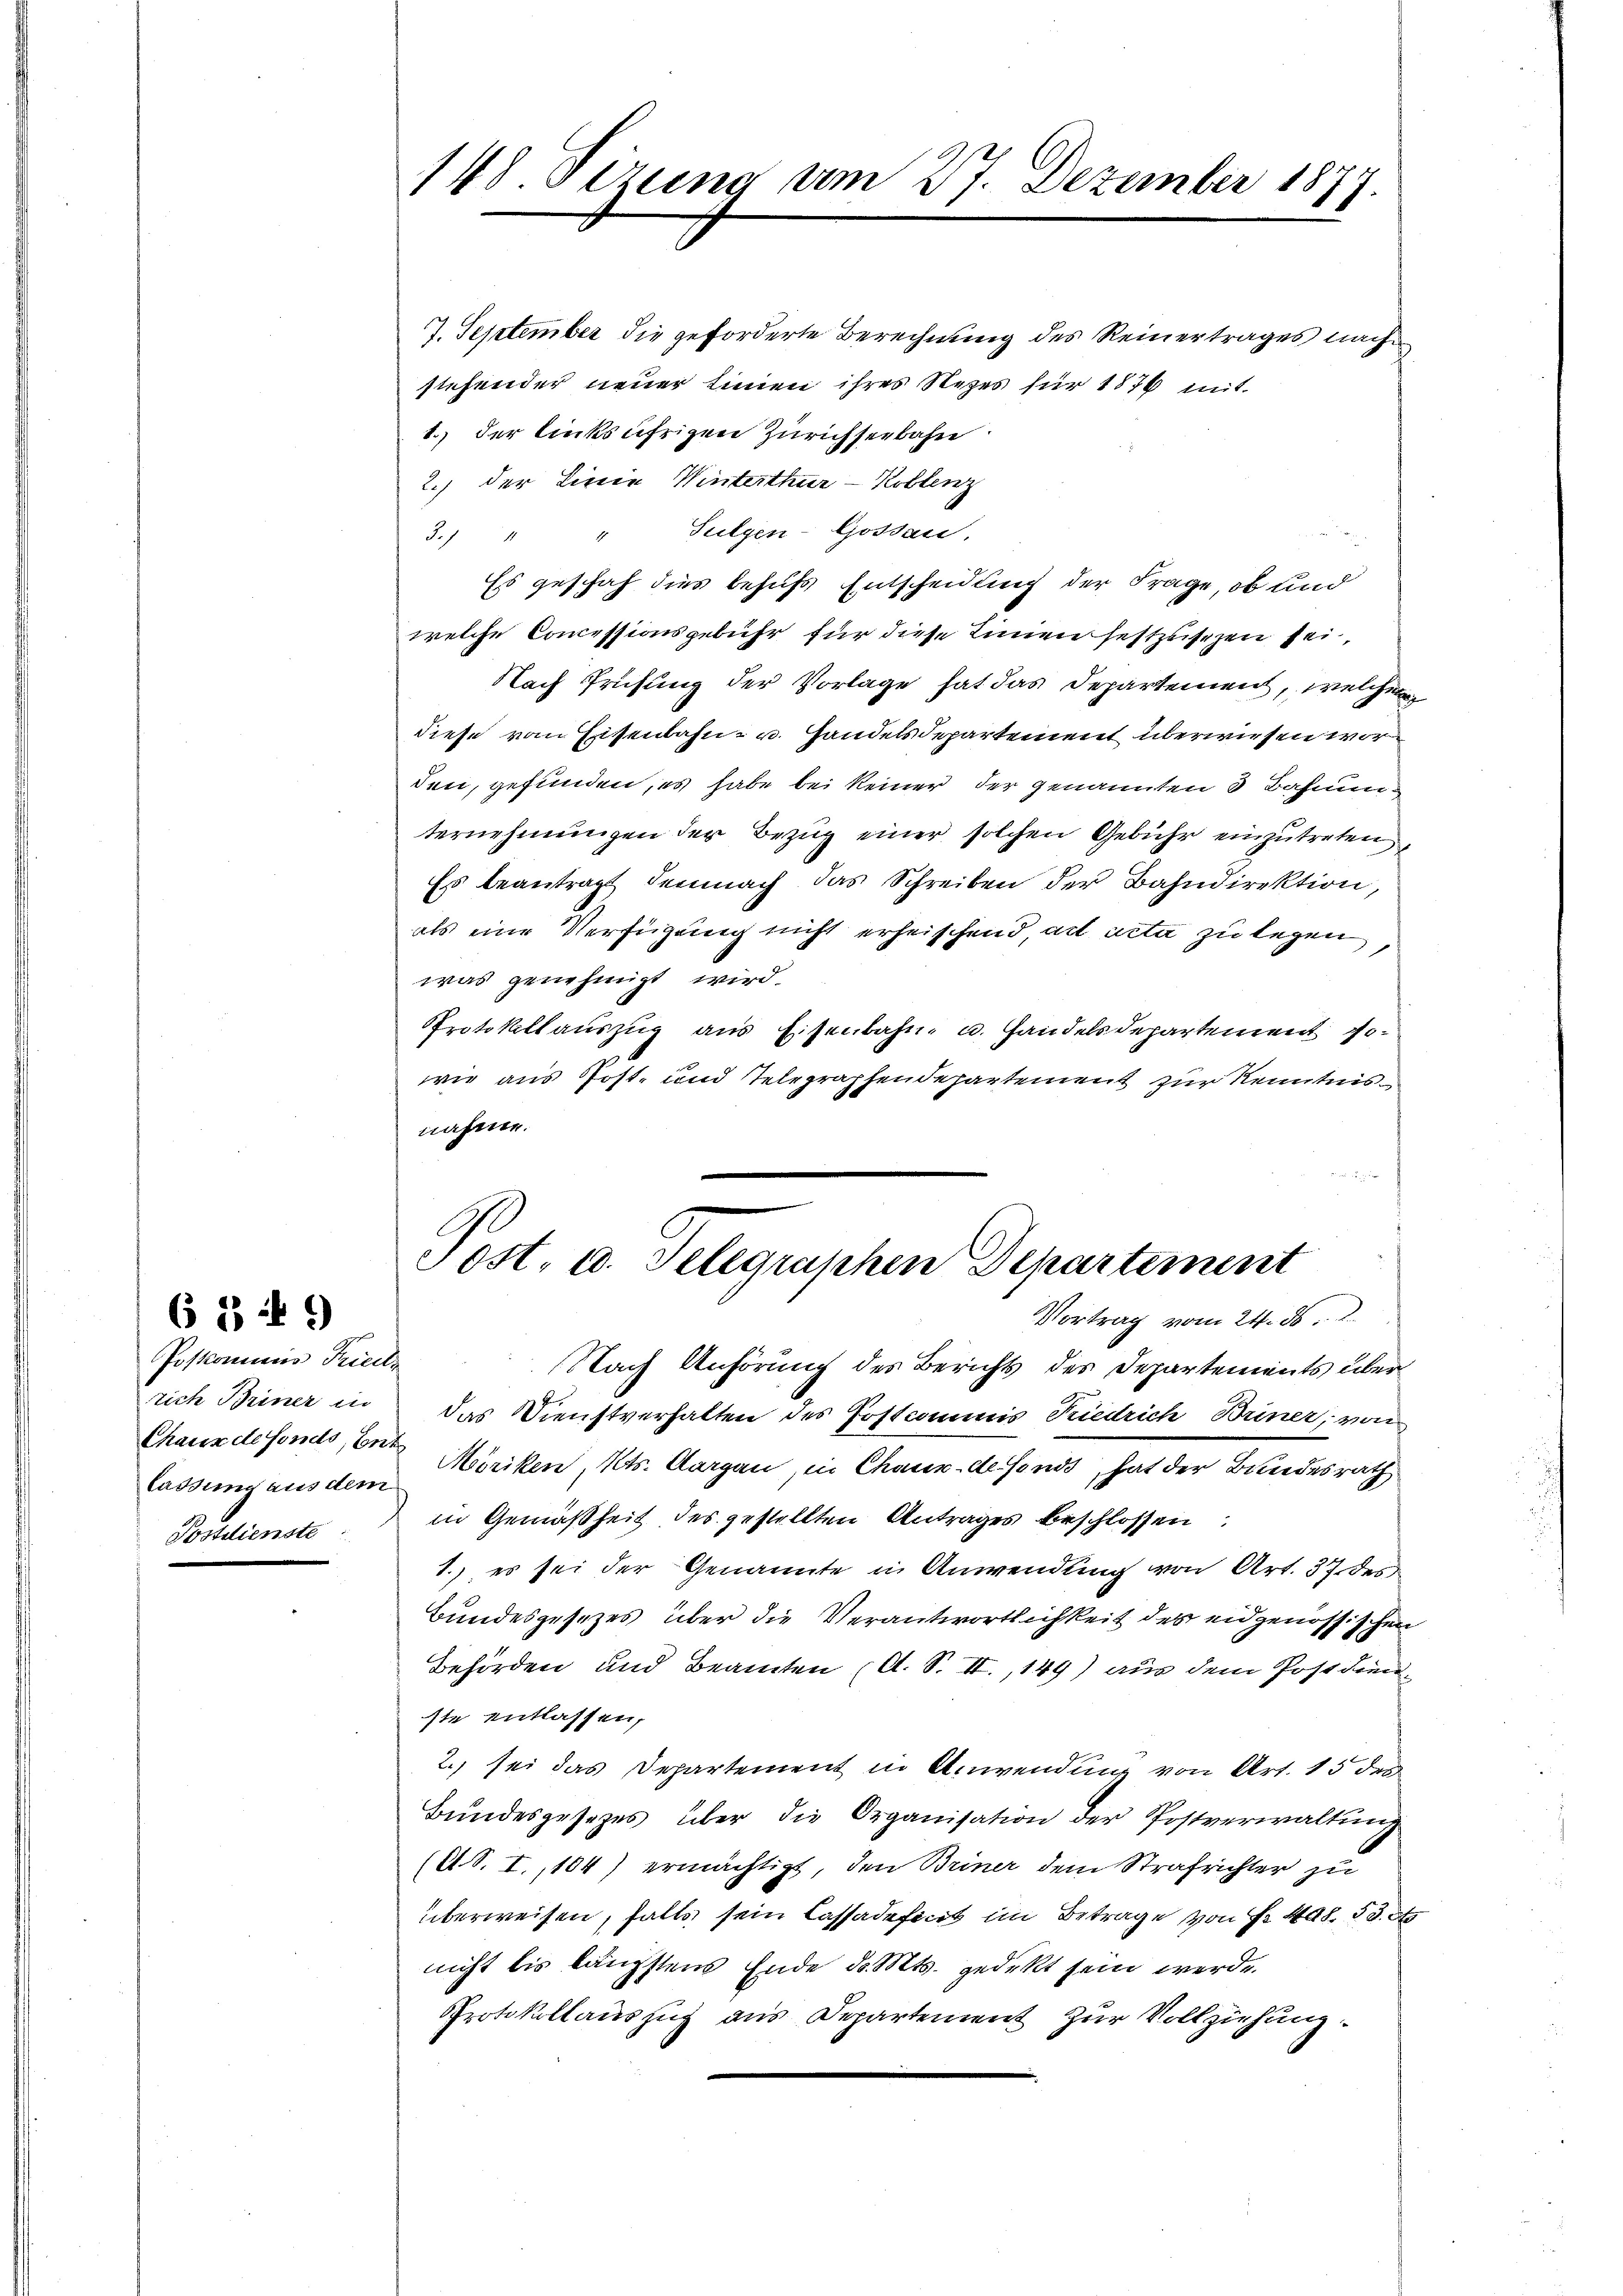
Poskommens Friedl
tich Briner in
Chaux de fonds, Ent
lassung aus dem
Postdienste

6 3 t 9

148 Sizung am 27. Dezember 1877.

7. September die geforderte Berechnung des Reinertrages nach
stehender neuer Linien ihres Rezes für 1876 mit
1.) der linksufrigen Zürichseebahn.
2.) der Linie Winterthur–Koblenz
3. " " Sulgen-Gossau.
Es geschah dies behufs Entscheidung der Frage, ob und
welche Concessionsgebühr für diese Einen festzusezen sei,
Nach Prüfung der Vorlage hat das Departement, welchem
diese vom Eisenbahn- u. Handelsdepartement überwiesen wor
den, gefunden, es habe bei keiner der genannten 3 Bahnunternehmungen der Bezug einer solchen Gebühr einzutreten
Es beantragt demnach das Schreiben der Bahndirektion,
als eine Verfügung nicht erheischend, als acta zu legen
was genehmigt wird.
Protokollauszug aus Eisenbahn- u. Handelsdepartement Jowie aus Post- und Telegraphendepartement zur Kenntnisnähme.
de gelege
Post- u. Telegraphen Departement
Vortrag vom 24. ds.
Nach Anhörung des Bericht des Departements über
das Dienstverhalten des Postcommis Kiedrich Briner, von
Möriken, Kts. Aargau, in Chaux-defonds, hat der Bundesrath
in Gemäßheit des gestellten Antrages beschlossen:
1.) es sei der Genannte in Anwendung von Art. 37. des
Bundesgesezes über die Verantwortlichkeit des eidgenössischen
Behörden und Beamten (A. S. II., 149) aus dem Postdiste entlassen,
2. sei das Departement in Anwendung von Art. 15 der
Bŭndesgesetzes über die Organisation der Postverwaltŭng
(A.S. I.,104) ermächtigt, den Briner dem Strafrichter zu
überweisen, falls sein Cassadefinit im Betrage von Nr. 408. 53. et
nicht bis längstens Ende d. Mts. gedekt sein werde.
Protokollauszug aus Departement zur Vollziehung